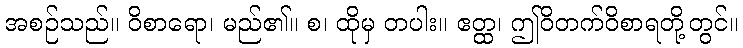
အစဉ်သည်။ ဝိစာရော၊ မည်၏။ စ၊ ထိုမှ တပါး။ ဧတ္ထ၊ ဤဝိတက်ဝိစာရတို့တွင်။